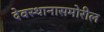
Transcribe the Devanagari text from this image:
देवस्थानासमोरील